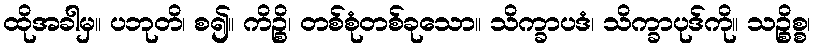
ထိုအခါမှ။ ပဘုတိ၊ စ၍။ ကိဉ္စိ၊ တစ်စုံတစ်ခုသော။ သိက္ခာပဒံ၊ သိက္ခာပုဒ်ကို။ သဉ္စိစ္စ၊